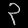
Digit: ၃